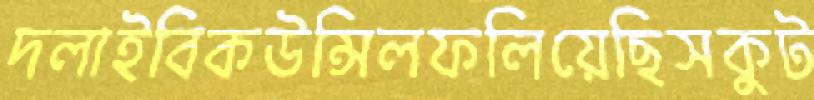
দলাইবিকউন্সিলফলিয়েছিসকুট